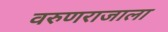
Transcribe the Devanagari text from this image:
वरुणराजाला